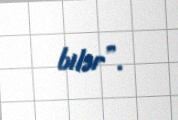
bilər”.